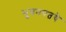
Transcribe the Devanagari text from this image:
भुवनपतये